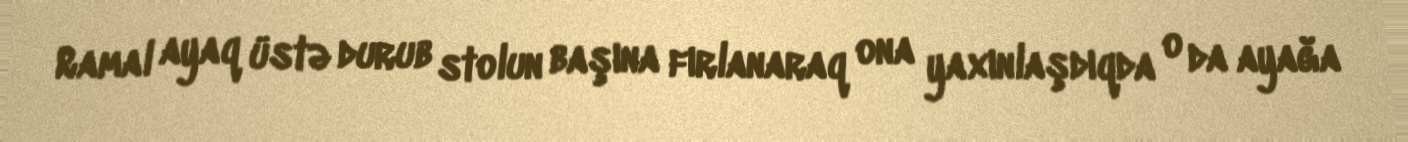
Ramal ayaq üstə durub stolun başına fırlanaraq ona yaxınlaşdıqda o da ayağa